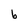
Character: b